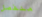
منفصل